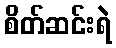
စိတ်ဆင်းရဲ